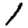
Digit: 1